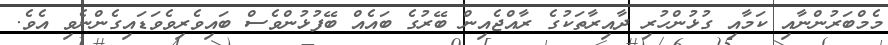
މެމްބަރުންނާއި ކަމާއި ގުޅުންހުރި ދާއިރާތަކުގެ ރާއްޖެއިން ބޭރުގެ ބައެއް ބޭފުޅުންވެސް ބައިވެރިވެވަޑައިގެންނެވި އެވެ.